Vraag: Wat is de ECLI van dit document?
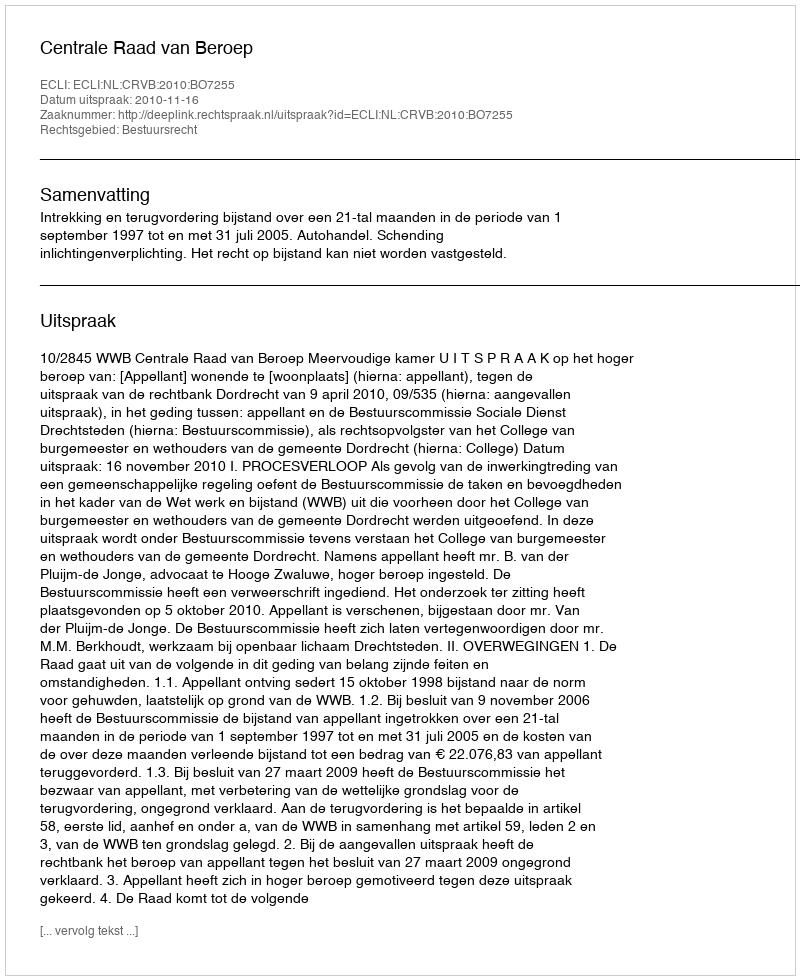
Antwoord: ECLI:NL:CRVB:2010:BO7255